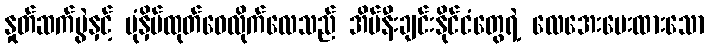
နှုတ်ဆက်ပွဲနှင့် ပုံနှိပ်ထုတ်ဝေလိုက်လေသည် အိမ်နီးချင်းနိုင်ငံတွေရဲ့ လေအေးပေးထားသော